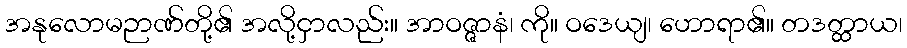
အနုလောမဉာဏ်တို့၏ အလို့ငှာလည်း။ အာဝဇ္ဇာနံ၊ ကို။ ဝဒေယျ၊ ဟောရာ၏။ တဒတ္ထာယ၊